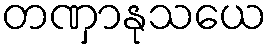
တဏှာနုသယေ